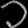
Digit: ၁